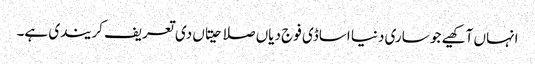
انہاں آکھیے جو ساری دنیا اساڈی فوج دیاں صلاحیتاں دی تعریف کریندی ہے۔